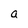
Character: a